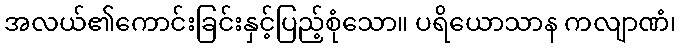
အလယ်၏ကောင်းခြင်းနှင့်ပြည့်စုံသော။ ပရိယောသာန ကလျာဏံ၊